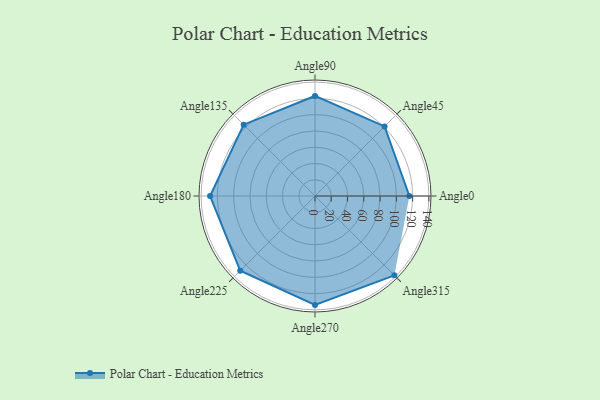
{"axis": {"x": "Angle", "y": "Radius"}, "legend": [""], "data": [{"x": "Angle0", "y": 116.0, "type": ""}, {"x": "Angle45", "y": 121.0, "type": ""}, {"x": "Angle90", "y": 123.0, "type": ""}, {"x": "Angle135", "y": 124.0, "type": ""}, {"x": "Angle180", "y": 129.0, "type": ""}, {"x": "Angle225", "y": 130.0, "type": ""}, {"x": "Angle270", "y": 134.0, "type": ""}, {"x": "Angle315", "y": 138.0, "type": ""}]}